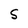
Character: S